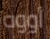
أووه